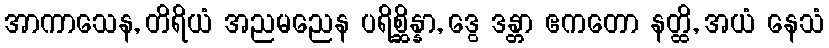
အာကာသေန, တိရိယံ အညမညေန ပရိစ္ဆိန္နာ, ဒွေ ဒန္တာ ဧကတော နတ္ထိ, အယံ နေသံ